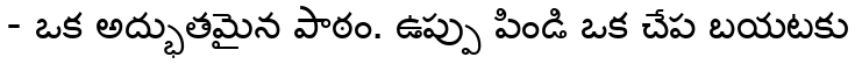
- ఒక అద్భుతమైన పాఠం. ఉప్పు పిండి ఒక చేప బయటకు